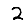
Digit: 2